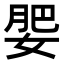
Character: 𡝞